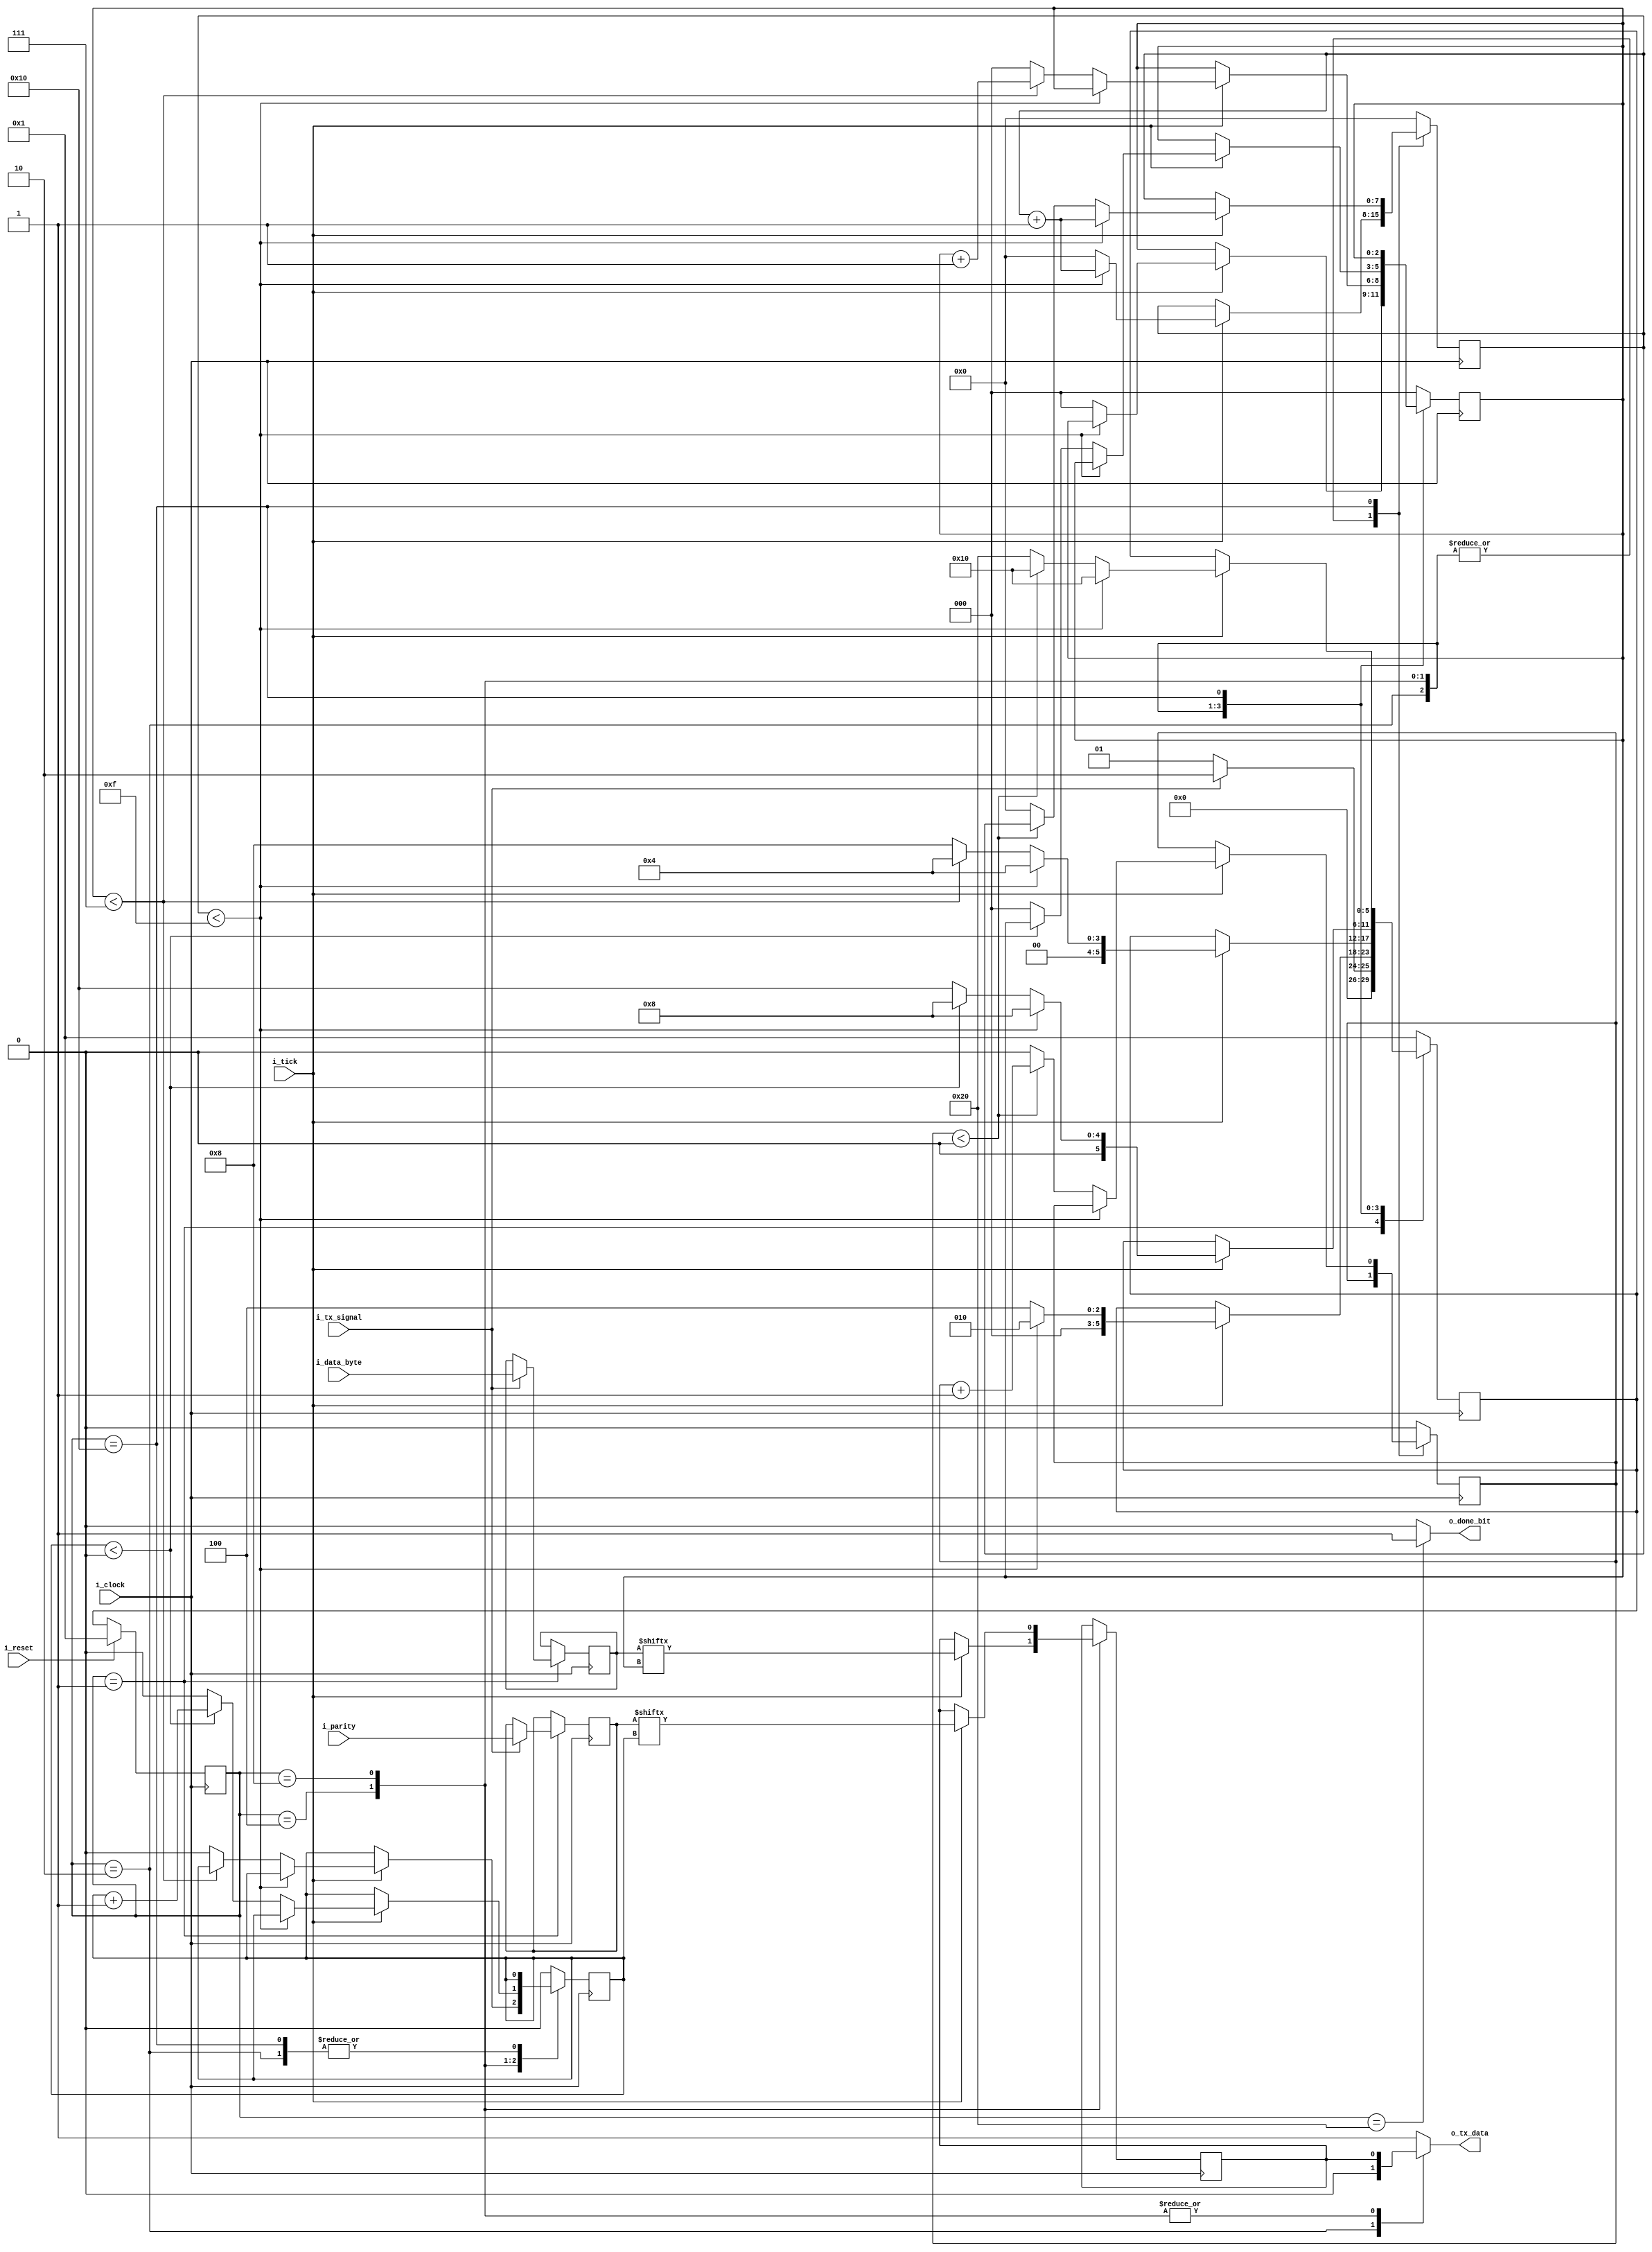
`timescale 1ns / 1ps
//////////////////////////////////////////////////////////////////////////////////
// Company: 
// Engineer: 
// 
// Design Name: 
// Module Name: UART_TX
// Project Name: 
// Target Devices: 
// Tool Versions: 
// Description: 
// 
// Dependencies: 
// 
// Revision:
// Revision 0.01 - File Created
// Additional Comments:
// 
//////////////////////////////////////////////////////////////////////////////////


module UART_TX
#(
   //PARAMETERS
   parameter DATA_WIDTH = 8,
   parameter STOP_WIDTH = 1,
   parameter PARITY_WIDTH = 1
   )
  (
  //INPUTS
   input        i_clock,
   input        i_reset,
   input        i_tick,
   input [DATA_WIDTH - 1:0]  i_data_byte,
   input [PARITY_WIDTH -1:0] i_parity,
   input        i_tx_signal,
   //OUTPUTS
   output          o_done_bit,
   output reg      o_tx_data
   );
   
 // One-Hot, One-Cold  
  localparam STATE_IDLE         = 6'b000001;
  localparam STATE_START_BIT    = 6'b000010;
  localparam STATE_TRANSMITTING = 6'b000100;
  localparam STATE_PARITY_BIT   = 6'b001000;
  localparam STATE_STOP_BIT     = 6'b010000;
  localparam STATE_DONE         = 6'b100000;
   
  reg                       tx_data     = 1'b0;
  reg [7:0]                 tick_counter  = 0;
  reg [2:0]                 data_index     = 0; //8 bits total
  reg [STOP_WIDTH-1:0]      stop_index     = 0; //1 o 2 stop bits
  reg [PARITY_WIDTH -1:0]     parity_index   = 0; //1 o 2 parity bits  
  reg [DATA_WIDTH -1:0]      data_byte      = 0;
  reg [PARITY_WIDTH -1:0]     parity      = 0;
  reg                       done_bit       = 0;
  reg [5:0]                 current_state  = 0;
  reg [5:0]                  next_state     = 0;

   assign  o_done_bit  =  done_bit;
   
   always @(posedge i_clock) //MEMORIA
    if (i_reset) current_state <= STATE_IDLE; //ESTADO INICIAL
    else         current_state <= next_state; 
   
   always @(posedge i_clock) begin: next_state_logic
    case (current_state)
        STATE_IDLE:
        begin
            data_index <= 0;
            tick_counter <= 0;
            stop_index <= 0;
           parity_index <= 0;
            if(i_tx_signal == 1'b1)
            begin
                data_byte <= i_data_byte;
                parity <= i_parity;
                next_state <= STATE_START_BIT;
            end
            else
                next_state <= STATE_IDLE;
        end
        
        STATE_START_BIT:
        begin
        if(i_tick)
        begin
            if(tick_counter < 15)
            begin
                 tick_counter <= tick_counter +1; 
                 next_state <= STATE_START_BIT;
            end
            else
            begin
                 data_index<=0;
                 tick_counter <= 0;                
                 next_state <= STATE_TRANSMITTING;
            end
        end
        end
        
        STATE_TRANSMITTING:
        begin
        if(i_tick)
        begin
            tx_data <= data_byte[data_index];
            if(tick_counter < 15)
             begin
                tick_counter <= tick_counter + 1;
                next_state <= STATE_TRANSMITTING;
             end
            else
             begin
                tick_counter <= 0;                         
                if(data_index < DATA_WIDTH -1)
                 begin
                        data_index <= data_index + 1;
                        next_state <= STATE_TRANSMITTING;
                 end
                else
                 begin
                        data_index <= 0;     
                        parity_index <=0;  
                        tick_counter <= 0;                                  
                        next_state <= STATE_PARITY_BIT;
                 end
             end
          end
        end
        
        STATE_PARITY_BIT:
        begin
        if(i_tick)
        begin
            tx_data <= parity[parity_index];
            if(tick_counter < 15)
             begin
                tick_counter <= tick_counter + 1;
                next_state <= STATE_PARITY_BIT;
             end
            else
             begin
                tick_counter <= 0;                         
                if(parity_index < PARITY_WIDTH -1)
                 begin
                        parity_index <= parity_index + 1;
                        next_state <= STATE_PARITY_BIT;
                 end
                else
                 begin
                        data_index <= 0;     
                        parity_index <=0;  
                        tick_counter <= 0;                                  
                        next_state <= STATE_STOP_BIT;
                 end
             end
          end
        end
        
        STATE_STOP_BIT:
        begin
        if(i_tick)
        begin
            if(tick_counter < 15)
             begin
                tick_counter <= tick_counter + 1;
                next_state <= STATE_STOP_BIT;
             end
            else
            begin
             if(stop_index < STOP_WIDTH - 1)
                begin
                     stop_index <= stop_index + 1;
                     next_state <= STATE_STOP_BIT;
                end
                else
                begin
                    tick_counter <= 0;
                    stop_index <= 0;           
                    next_state <= STATE_DONE;
                end
            end
          end
        end
        
        STATE_DONE:
        begin
           tick_counter <= 0;
           data_index <= 0;
           stop_index <= 0;
           parity_index <= 0;
           next_state <= STATE_IDLE;
        end
              
        default:
        begin
            data_index <= 0;        
            tick_counter <= 0;
            stop_index <= 0;
           parity_index <= 0;
            next_state <= STATE_IDLE;
        end
        
    endcase
    end
    
    
    always @(*) begin: output_logic
        case (current_state)
        STATE_IDLE:
        begin
            o_tx_data <= 1'b1;
            done_bit <= 1'b0;
        end
        
        STATE_START_BIT:
        begin
             o_tx_data <= 1'b0;        
             done_bit <= 1'b0;
        end
        
        STATE_TRANSMITTING:
        begin
             o_tx_data <= tx_data;
             done_bit <= 1'b0;
        end
        
        STATE_PARITY_BIT:
        begin
             o_tx_data <= tx_data;        
             done_bit <= 1'b0;
        end
        
        STATE_STOP_BIT:
        begin
            o_tx_data <= 1'b1;        
            done_bit <= 1'b0;
        end
        
        STATE_DONE:
        begin
            o_tx_data <= 1'b1;        
            done_bit <= 1'b1;
        end
        
        default:
        begin
             o_tx_data <= 1'b1;        
             done_bit <= 1'b0;
        end
    endcase
    end
endmodule